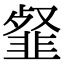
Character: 韰